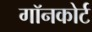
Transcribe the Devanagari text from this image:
गॉनकोर्ट